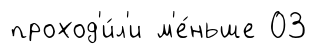
проход'и́л'и м'е́ньше 03